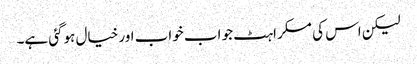
لیکن اس کی مسکراہٹ جو اب خواب اور خیال ہوگئی ہے۔